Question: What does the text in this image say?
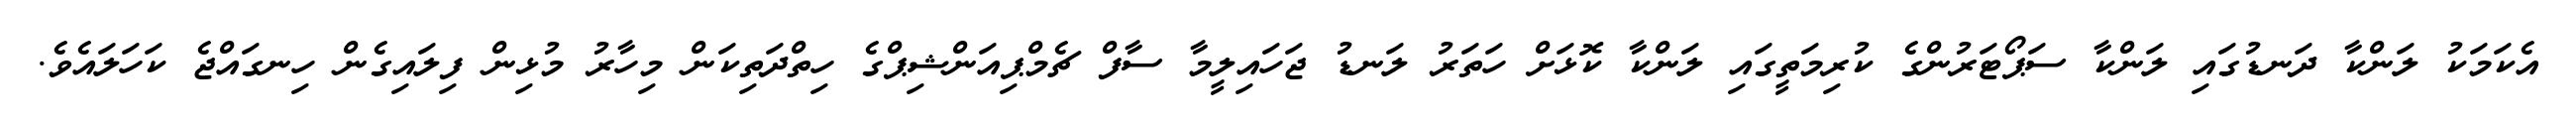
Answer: އެކަމަކު ލަންކާ ދަނޑުގައި ލަންކާ ސަޕޯޓަރުންގެ ކުރިމަތީގައި ލަންކާ ކޮޅަށް ހަތަރު ލަނޑު ޖަހައިލީމާ ސާފް ޗެމްޕިއަންޝިޕްގެ ހިތްދަތިކަން މިހާރު މުޅިން ފިލައިގެން ހިނގައްޖެ ކަހަލައެވެ.